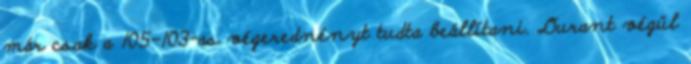
már csak a 105-103-as végerednényt tudta beállítani. Durant végül